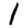
Digit: 1